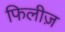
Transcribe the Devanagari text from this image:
फिलीज़